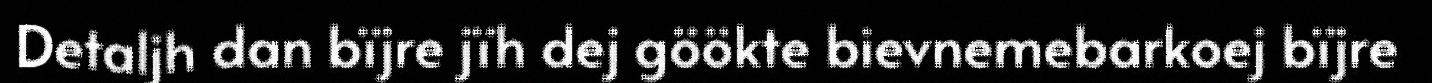
Detaljh dan bïjre jïh dej göökte bievnemebarkoej bïjre